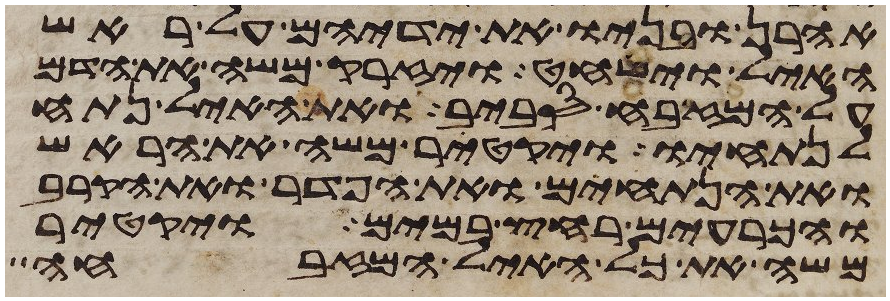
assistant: אהרן ובניו את ידיהם על ראש
האיל וישחט ויזרק משה את הדם
על המזבח סביב ואת האיל נתח
לנתחיו ויקטר משה את הראש
ואת הנתחים ואת הפדר ואת הקרב
והכרעים רחץ במים ויקטר
משה את כל האיל המזבחה